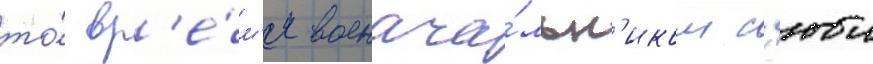
то́ вр'е́м'я военача́льн'иком с'юи